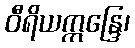
ဝီရိယဣန္ဒြေ၊